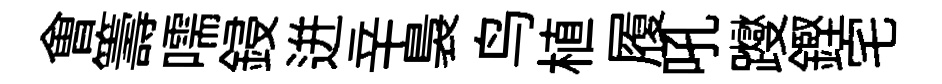
㑹籌嚅鋟迸辛裊鸟植履吼躞鏗宅